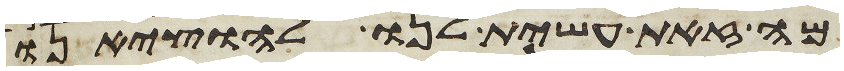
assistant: מה זאת עשית לנו להוציאנו